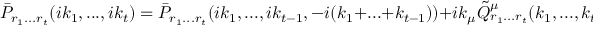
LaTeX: \bar { P } _ { r _ { 1 } . . . r _ { t } } ( i k _ { 1 } , . . . , i k _ { t } ) = \bar { P } _ { r _ { 1 } . . . r _ { t } } ( i k _ { 1 } , . . . , i k _ { t - 1 } , - i ( k _ { 1 } + . . . + k _ { t - 1 } ) ) + i k _ { \mu } \tilde { Q } _ { r _ { 1 } . . . r _ { t } } ^ { \mu } ( k _ { 1 } , . . . , k _ { t } )